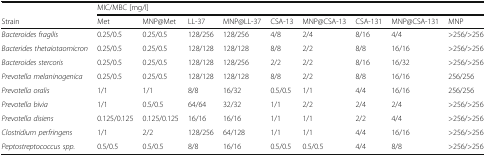
<table><thead><tr><td></td><td colspan="9"><b>MIC/MBC [mg/l]</b></td></tr><tr><td><b>Strain</b></td><td><b>Met</b></td><td><b>MNP@Met</b></td><td><b>LL-37</b></td><td><b>MNP@LL-37</b></td><td><b>CSA-13</b></td><td><b>MNP@CSA-13</b></td><td><b>CSA-131</b></td><td><b>MNP@CSA-131</b></td><td><b>MNP</b></td></tr></thead><tbody><tr><td><i>Bacteroides fragilis</i></td><td>0.25/0.5</td><td>0.25/0.5</td><td>128/256</td><td>128/256</td><td>4/8</td><td>2/4</td><td>8/16</td><td>4/4</td><td>&gt;256/&gt;256</td></tr><tr><td><i>Bacterides thetaiotaomicron</i></td><td>0.25/0.5</td><td>0.25/0.5</td><td>128/128</td><td>128/128</td><td>8/8</td><td>2/2</td><td>8/8</td><td>16/16</td><td>&gt;256/&gt;256</td></tr><tr><td><i>Bacteroides stercoris</i></td><td>0.25/0.5</td><td>0.25/0.5</td><td>128/128</td><td>128/256</td><td>2/2</td><td>2/2</td><td>8/16</td><td>16/32</td><td>&gt;256/&gt;256</td></tr><tr><td><i>Prevotella melaninogenica</i></td><td>0.25/0.5</td><td>0.25/0.5</td><td>128/128</td><td>128/128</td><td>8/8</td><td>2/2</td><td>8/8</td><td>16/16</td><td>256/256</td></tr><tr><td><i>Prevotella oralis</i></td><td>1/1</td><td>1/1</td><td>8/8</td><td>16/32</td><td>0.5/0.5</td><td>1/1</td><td>4/4</td><td>16/16</td><td>256/256</td></tr><tr><td><i>Prevotella bivia</i></td><td>1/1</td><td>0.5/0.5</td><td>64/64</td><td>32/32</td><td>1/1</td><td>2/2</td><td>2/4</td><td>2/4</td><td>&gt;256/&gt;256</td></tr><tr><td><i>Prevotella disiens</i></td><td>0.125/0.125</td><td>0.125/0.125</td><td>16/16</td><td>16/16</td><td>1/1</td><td>1/1</td><td>2/2</td><td>4/4</td><td>&gt;256/&gt;256</td></tr><tr><td><i>Clostridium perfringens</i></td><td>1/1</td><td>2/2</td><td>128/256</td><td>64/128</td><td>1/1</td><td>1/1</td><td>4/4</td><td>16/16</td><td>&gt;256/&gt;256</td></tr><tr><td><i>Peptostreptococcus spp.</i></td><td>0.5/0.5</td><td>0.5/0.5</td><td>8/8</td><td>16/16</td><td>0.5/0.5</td><td>0.5/0.5</td><td>4/4</td><td>8/8</td><td>&gt;256/&gt;256</td></tr></tbody></table>